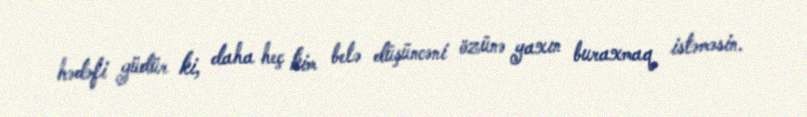
hədəfi güdür ki, daha heç kim belə düşüncəni özünə yaxın buraxmaq istəməsin.